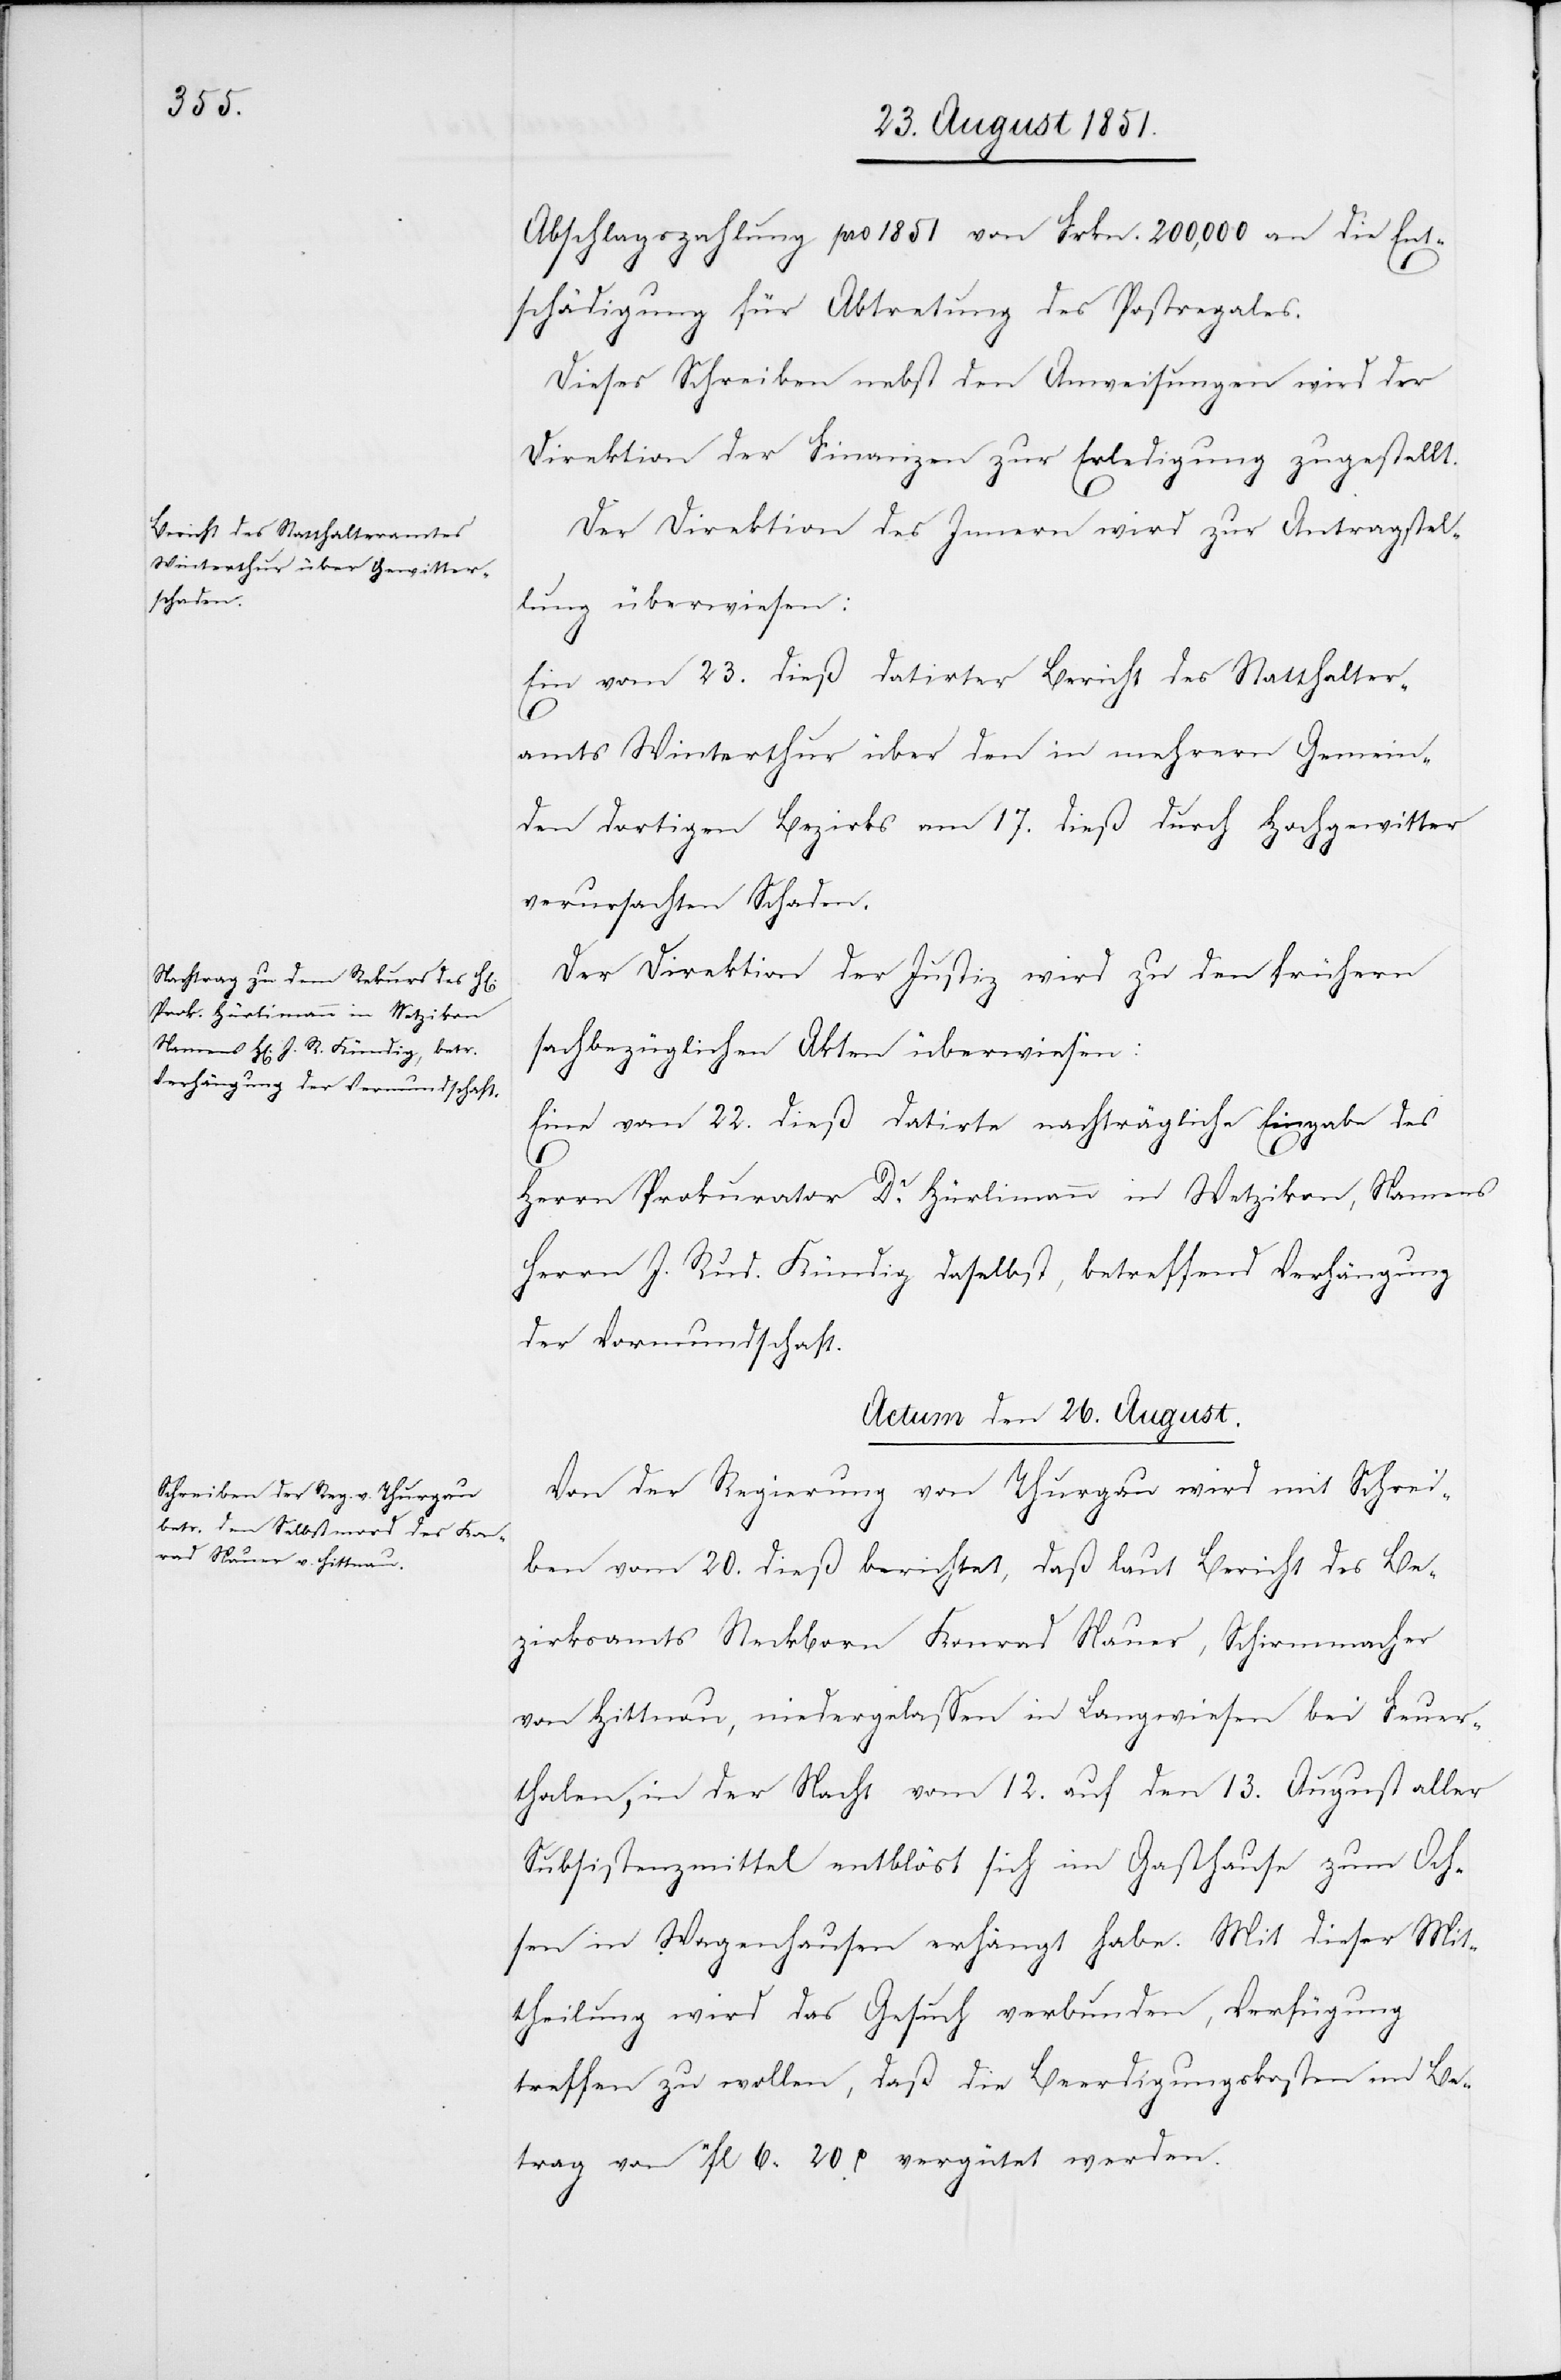
Abschlagszahlung pro 1851 von Frkn. 200,000 an die Ent¬
schädigung für Abtretung des Postregales.
Dieses Schreiben nebst den Anweisungen wird der
Direktion der Finanzen zur Erledigung zugestellt.
Der Diretkion des Innern wird zur Antragstel¬
lung überwiesen:
Ein vom 23. dieß datirter Bericht des Statthalter¬
amts Winterthur über den in mehrern Gemein¬
den dortigen Bezirks am 17. dieß durch Hochgewitter
verursachten Schaden.
Der Direktion der Justiz wird zu den frühern
sachbezüglichen Akten überwiesen:
Eine vom 22. dieß datirte nachträgliche Eingabe des
Herrn Prokurator Dr. Hürlimann in Wetzikon, Namens
Herrn J. Rud. Kündig daselbst, betreffend Verhängung
der Vormundschaft.
Actum den 26. August.
Von der Regierung von Thurgau wird mit Schrei¬
ben vom 20. dieß berichtet, daß laut Bericht des Be¬
zirksamts Steckborn Konrad Nauer, Schirmmacher
von Hittnau, niedergelassen in Langwiesen bei Feuer¬
thalen, in der Nacht vom 12. auf den 13. August aller
Subsistenzmittel entblöst sich im Gasthause zum Och¬
sen in Wagenhausen erhängt habe. Mit dieser Mit¬
theilung wird das Gesuch verbunden, Verfügung
treffen zu wollen, daß die Beerdigungskosten im Be¬
trag von 11fl 6 20 H vergütet werden.